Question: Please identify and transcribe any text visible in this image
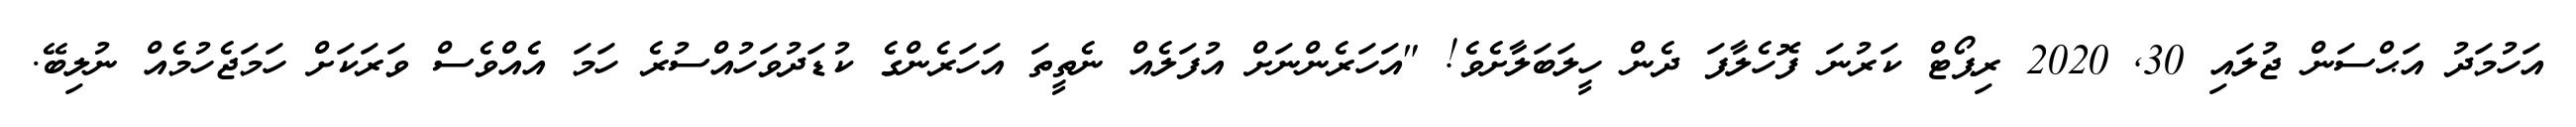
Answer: އަހުމަދު އަޙްސަން ޖުލައި 30, 2020 ރިޕޯޓް ކަރުނަ ފޮހެލާފަ ދެން ހީލަބަލާށެވެ! "އަހަރެންނަށް އުފަލެއް ނެތީތަ އަހަރެންގެ ކުޑަދުވަހުއްސުރެ ހަމަ އެއްވެސް ވަރަކަށް ހަމަޖެހުމެއް ނުލިބޭ.